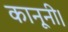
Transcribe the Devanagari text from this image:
कानूनी।